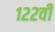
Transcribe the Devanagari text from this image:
१२२वी